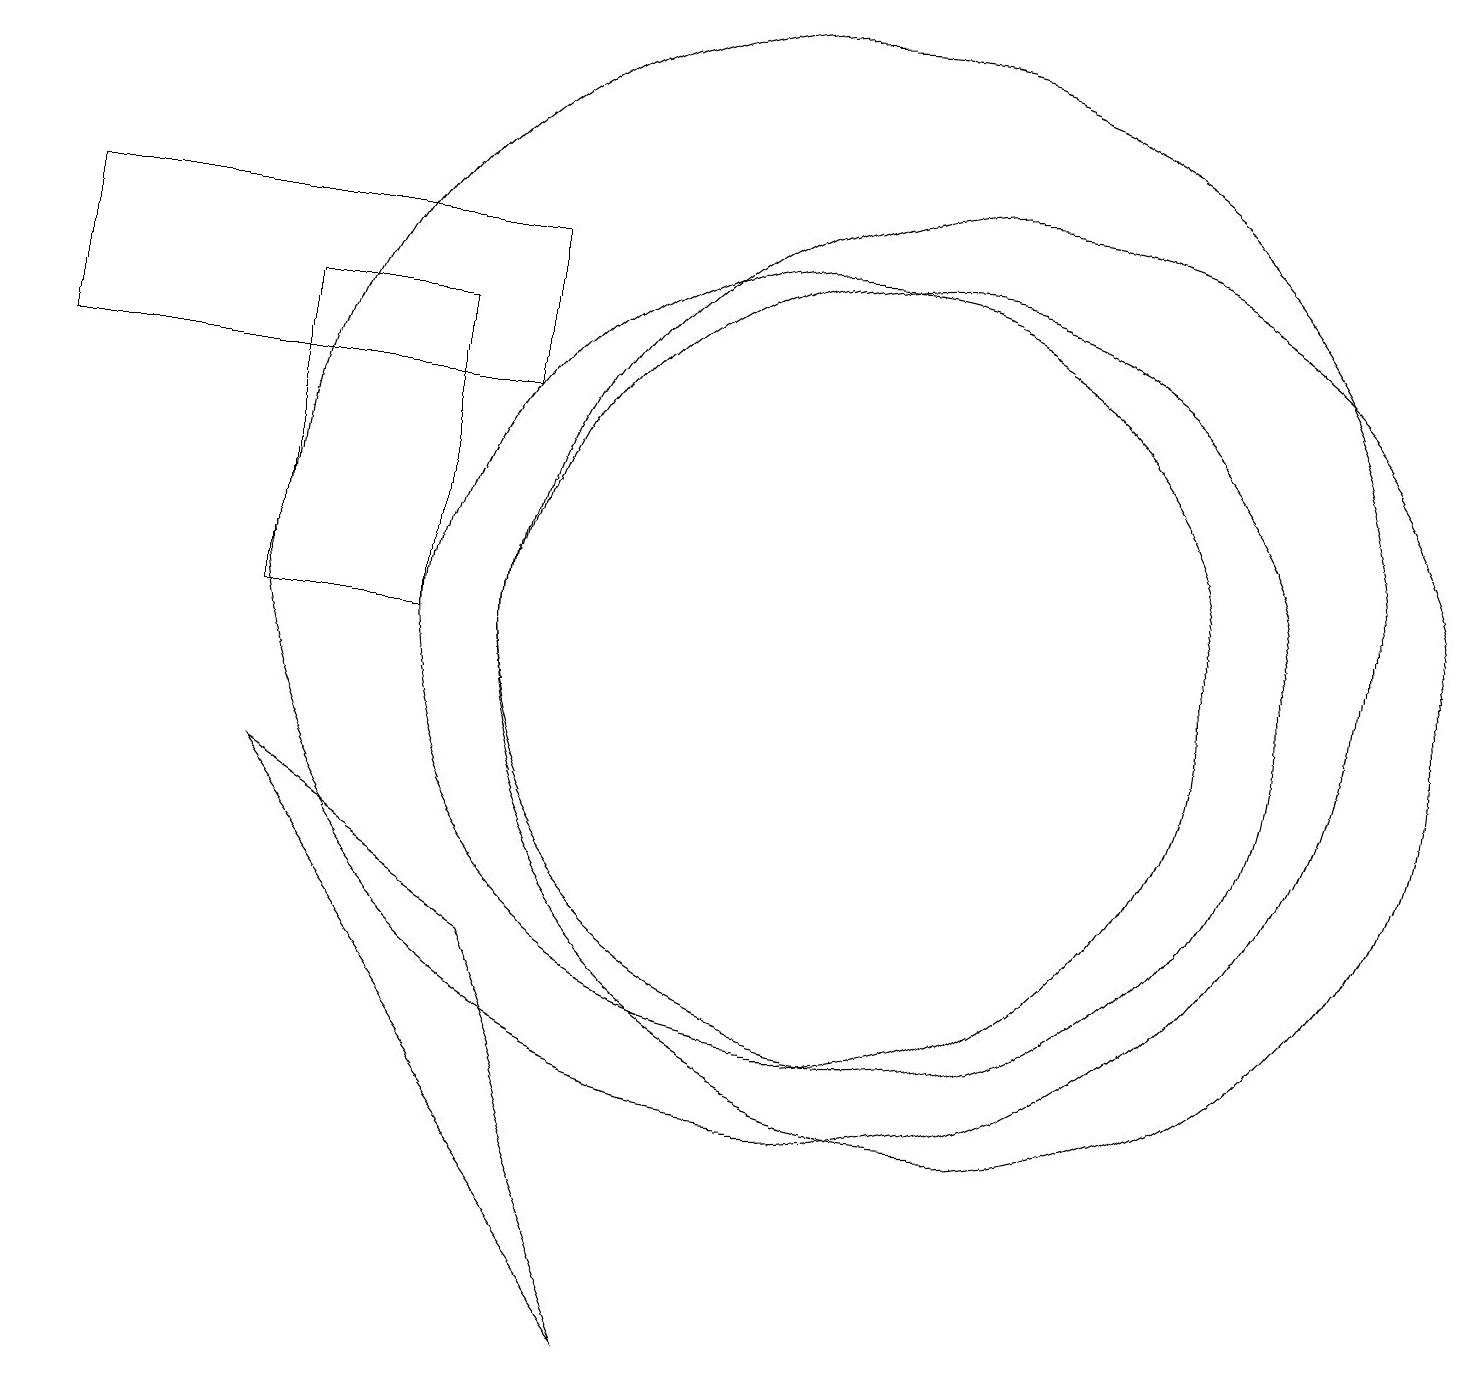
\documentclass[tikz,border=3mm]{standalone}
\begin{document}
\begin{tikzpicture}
\draw (3,14) rectangle (5,10);
\draw (10,10) circle (5);
\draw (10,11) circle (7);
\draw (12,10) circle (6);
\draw (6,6) -- (8,1) -- (3,8) -- cycle;
\draw (6,15) rectangle (0,13);
\draw (11,10) circle (5);
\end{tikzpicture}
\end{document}